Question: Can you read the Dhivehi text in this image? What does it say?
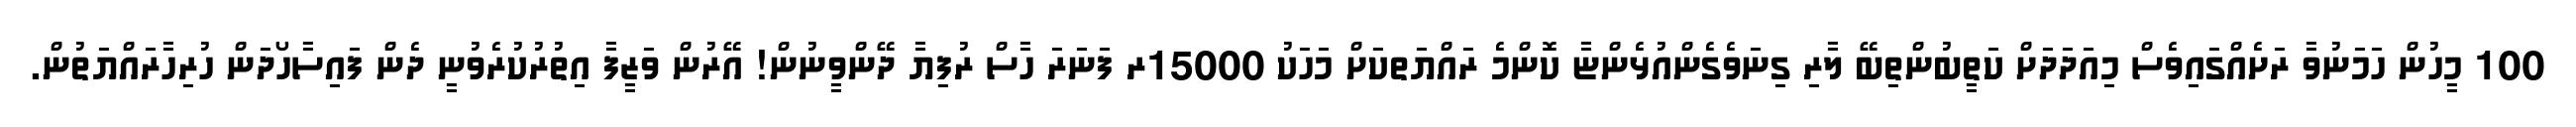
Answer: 100 މީހުން ހަމަނުވާ ރަށެއްގައިވެސް މިއަދަދަށް ކަތީބުންތިބޭ ލާރި ގިނަވެގެންއުޅެންޏާ ކޮންމެ ރައްޔަތކަށް މަހަކު 15000ރ ފަނަރަ ހާސް ރުފިޔާ ދޭންވީނުން! އޭރުން ވަޒީފާ އިތުރުކުރެވުނީ ދެން ފައިސާހޯދަން ހުރިހާރައްޔަތުން.